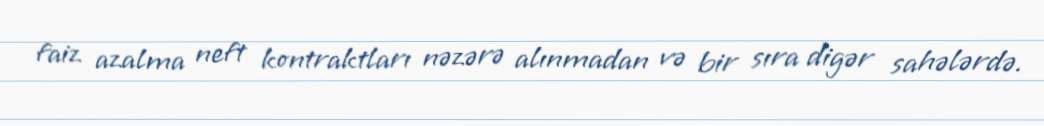
faiz azalma neft kontraktları nəzərə alınmadan və bir sıra digər sahələrdə.